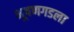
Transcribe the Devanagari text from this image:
भूषणगडला